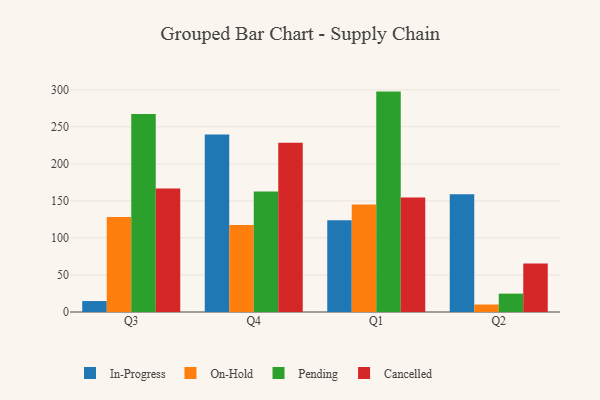
{"axis": {"x": "Quarter", "y": "Population (Million)"}, "legend": ["Cancelled", "In-Progress", "On-Hold", "Pending"], "data": [{"x": "Q3", "y": 14.8, "type": "In-Progress"}, {"x": "Q3", "y": 128.2, "type": "On-Hold"}, {"x": "Q3", "y": 267.1, "type": "Pending"}, {"x": "Q3", "y": 166.7, "type": "Cancelled"}, {"x": "Q4", "y": 239.6, "type": "In-Progress"}, {"x": "Q4", "y": 117.3, "type": "On-Hold"}, {"x": "Q4", "y": 162.5, "type": "Pending"}, {"x": "Q4", "y": 228.3, "type": "Cancelled"}, {"x": "Q1", "y": 123.7, "type": "In-Progress"}, {"x": "Q1", "y": 145.2, "type": "On-Hold"}, {"x": "Q1", "y": 297.5, "type": "Pending"}, {"x": "Q1", "y": 154.5, "type": "Cancelled"}, {"x": "Q2", "y": 159.1, "type": "In-Progress"}, {"x": "Q2", "y": 10.1, "type": "On-Hold"}, {"x": "Q2", "y": 24.8, "type": "Pending"}, {"x": "Q2", "y": 65.6, "type": "Cancelled"}]}